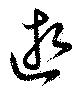
逝